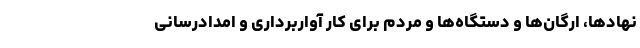
نهادها، ارگان‌ها و دستگاه‌ها و مردم برای کار آواربرداری و امدادرسانی